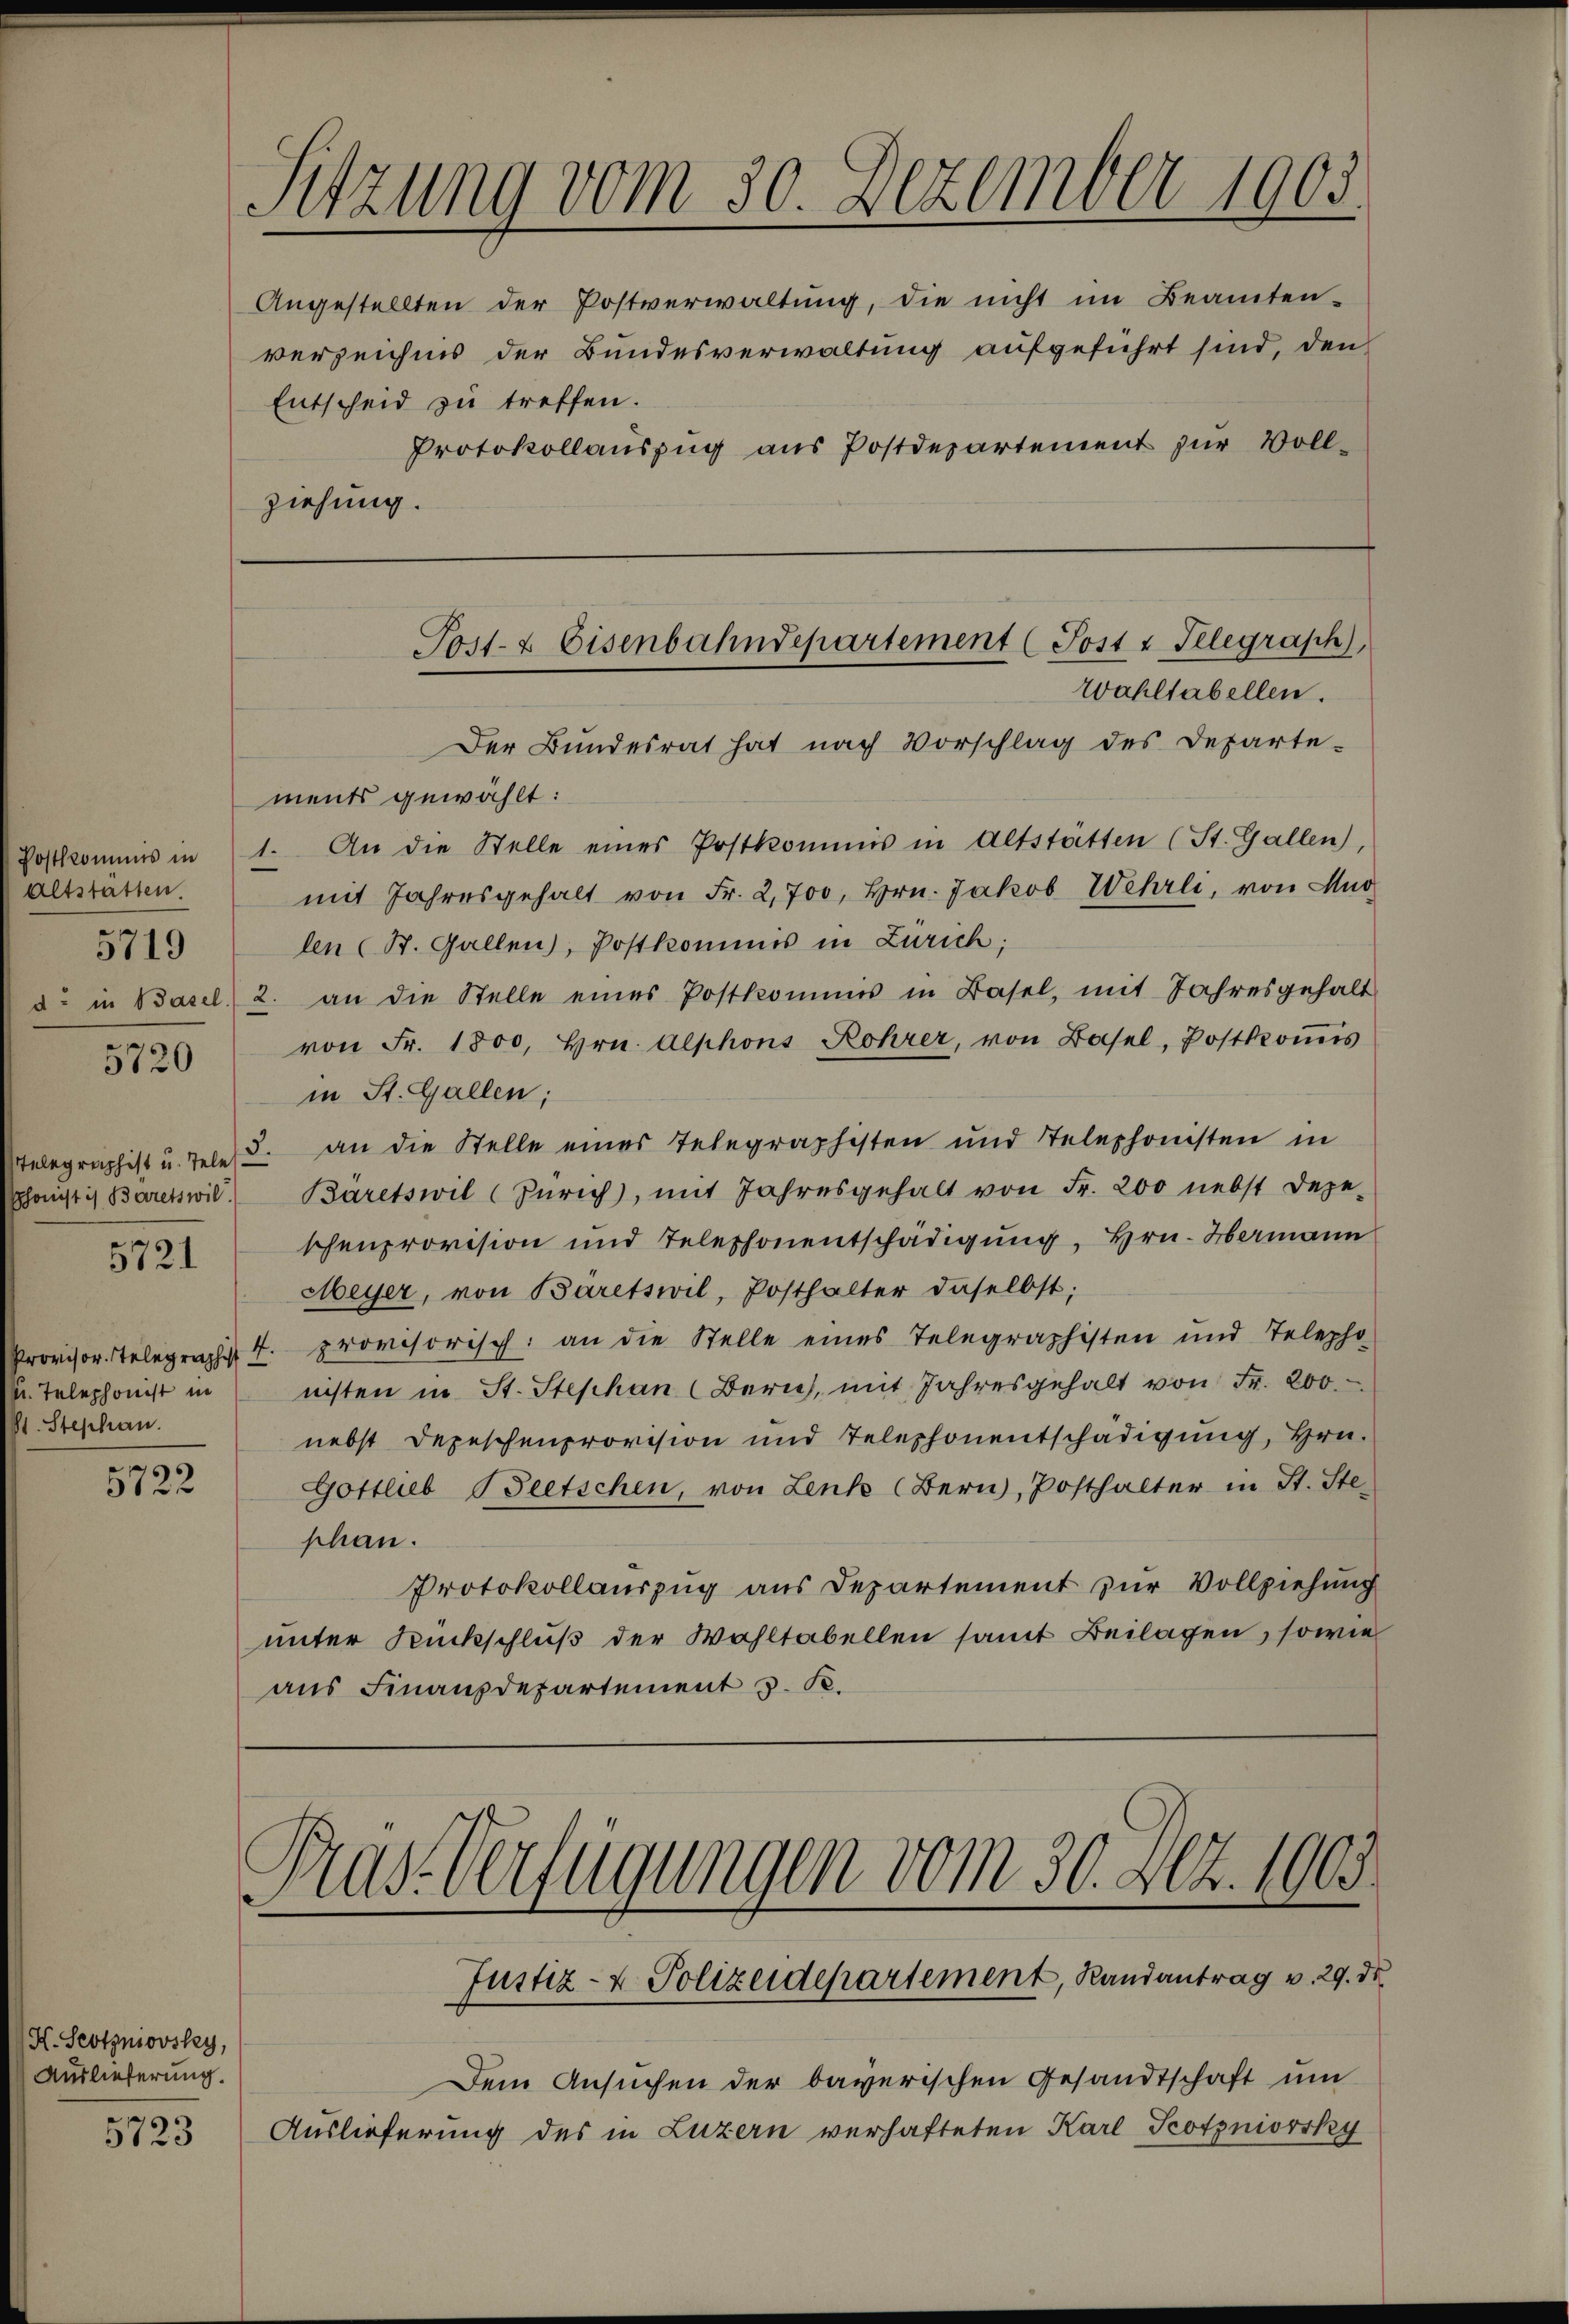
Postkommis in
Altstatten.
5719
d: in Basel.

5720

STelegraphist u. Tele
5721

Provisor Telegraphist. I.
. Telephonist in
(St. Stephan.

5722

K. Scotzniovsky,
Auslieferung.

5723

Sitzung vom 30. Dezember 1903.

Angestellten der Postverwaltung, die nicht im Beamten-
verzeichnis der Bundesverwaltung aufgeführt sind, den
Entscheid zu treffen.
Protokollauszug aus Postdepartement zur Vollziehung.

Der Bundesrat hat nach Vorschlag des Departe-
ments gewählt:
1. An die Stelle eines Postkommis in Altstätten (St. Gallen,
mit Jahresgehalt von Fr. 2,700, Hrn. Jakob Wehrli, von Mur
len (St. Gallen, Postkommis in Zürich;
2. an die Stelle eines Postkommis in Basel, mit Jahresgehalt
von Fr. 1800, Hrn. Alphons Rohrer, von Basel, Postkoṁis
in St. Gallen;
3. an die Stelle eines Telegraphisten und Telephonisten in
phonistis Baretswil Bäretswil (Zürich, mit Jahresgehalt von Fr. 200 nebst depe-
schenprovision und Telephonentschädigung, Hrn. Hermann
Meyer, von Baretswil, Posthalter daselbst;
provisorisch: an die Stelle eines Telegraphisten und Telepho
nisten in St. Stephan (Bern, mit Jahresgehalt von Fr. 200.
nebst Depeschenprovision und Telephonentschädigung, Hrn.
Gottlieb Peetschen, von Lenk (Bern, Posthalter in St. Ste-
phan.
Protokollauszug aus Departement zur Vollziehung
unter Rückschluß der Wahltabellen samt Beilagen, sowie
aus Finanzdepartement v. K.

Post- & Eisenbahndepartement (Post & Telegraph,
Wahltabellen.

Pras Verfügungen vom 30. Dez. 1903
Justiz- & Polizeidepartement, Randantrag v. 29. de

Dem Ansuchen der bayerischen Gesandtschaft um
Auslieferung des in Luzern verhafteten Karl Scotyniowsky